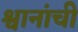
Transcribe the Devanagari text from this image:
श्वानांची